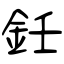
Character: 鈓